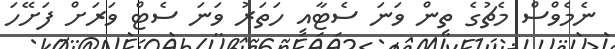
ނެމެވްސް މެޗުގެ ތިން ވަނަ ސެޓާއި ހަތަރު ވަނަ ސެޓް ވަރަށް ފަށޭހަ